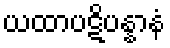
ယထာပဋိပန္နာနံ